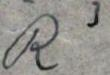
R3